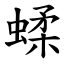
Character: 蝚